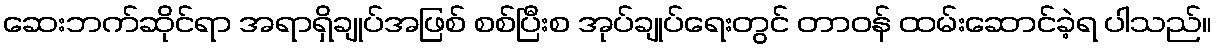
ဆေးဘက်ဆိုင်ရာ အရာရှိချုပ်အဖြစ် စစ်ပြီးစ အုပ်ချုပ်ရေးတွင် တာဝန် ထမ်းဆောင်ခဲ့ရ ပါသည်။